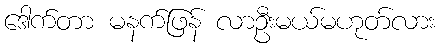
ဒေါက်တာ မနက်ဖြန် လာဦးမယ်မဟုတ်လား